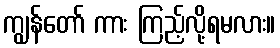
ကျွန်တော် ကား ကြည့်လို့ရမလား။